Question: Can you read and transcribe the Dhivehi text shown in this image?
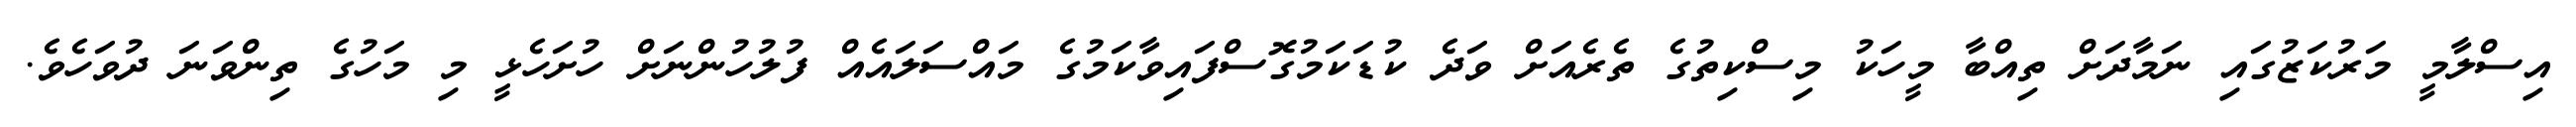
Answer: އިސްލާމީ މަރުކަޒުގައި ނަމާދަށް ތިއްބާ މީހަކު މިސްކިތުގެ ތެރެއަށް ވަދެ ކުޑަކަމުގޮސްފައިވާކަމުގެ މައްސަލައެއް ފުލުހުންނަށް ހުށަހެޅީ މި މަހުގެ ތިންވަނަ ދުވަހެވެ.